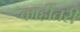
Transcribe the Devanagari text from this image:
काहींतरी